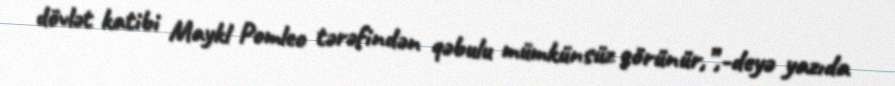
dövlət katibi Maykl Pomleo tərəfindən qəbulu mümkünsüz görünür,”,-deyə yazıda